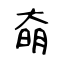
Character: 奛